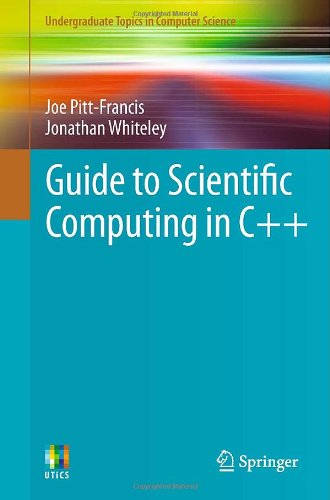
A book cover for Guide to Scientific Computing in C++ (Undergraduate Topics in Computer Science); Joe Pitt-Francis; Computers & Technology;